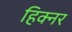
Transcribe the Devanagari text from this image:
हिक्नर